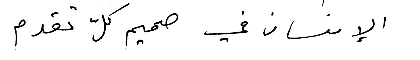
الإنسان في صميم كلّ تقدم